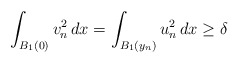
\begin{align*}\int_{B_1(0)}v_n^2\,dx = \int_{B_1(y_n)}u_n^2\,dx \ge \delta \end{align*}